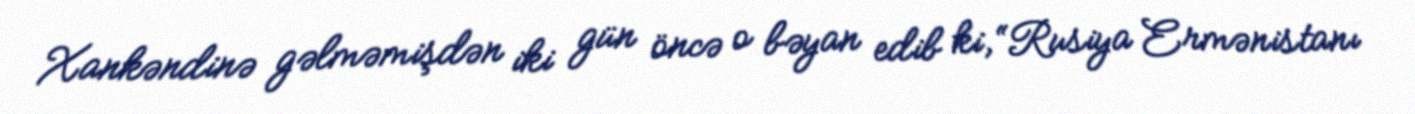
Xankəndinə gəlməmişdən iki gün öncə o bəyan edib ki, “Rusiya Ermənistanı